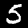
Label: 5